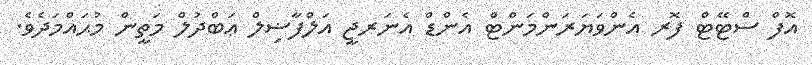
އޮފް ސްޓޭޓް ފޮރ އެންވަޔަރަންމަންޓް އެންޑް އެނަރޖީ އަލްފާޟިލް ޢަބްދުލް މަތީން މުޙައްމަދެވެ.